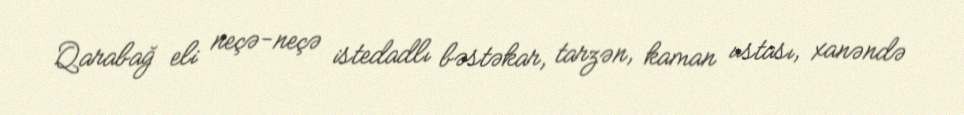
Qarabağ eli neçə-neçə istedadlı bəstəkar, tarzən, kaman ustası, xanəndə